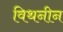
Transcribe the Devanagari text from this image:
विथनीन